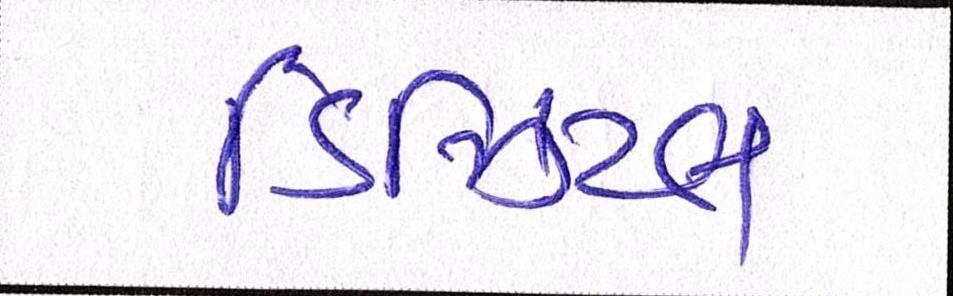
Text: ડિઝિટલ